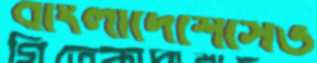
বাংলাদেশেসেভ